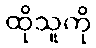
ထိုသူကို